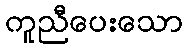
ကူညီပေးသော